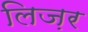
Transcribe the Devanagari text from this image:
लिज़र